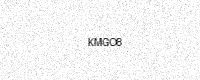
Text: KMGO8